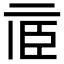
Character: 𠄱